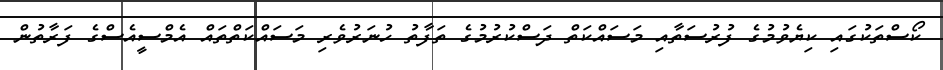
ކޯސްތަކުގައި ކިޔެވުމުގެ ފުރުސަތާއި މަސައްކަތް ދަސްކުރުމުގެ ތަފާތު ހުނަރުވެރި މަސައްކަތްތައް އެމްސީއެސްގެ ފަރާތުން